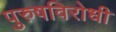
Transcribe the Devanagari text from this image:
पुरुषविरोधी